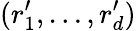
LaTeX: (r_{1}^{\prime},\ldots,r_{d}^{\prime})